Punjab Mental Hospital Lahore 1922-31 - 1922-1931
Year: 1922
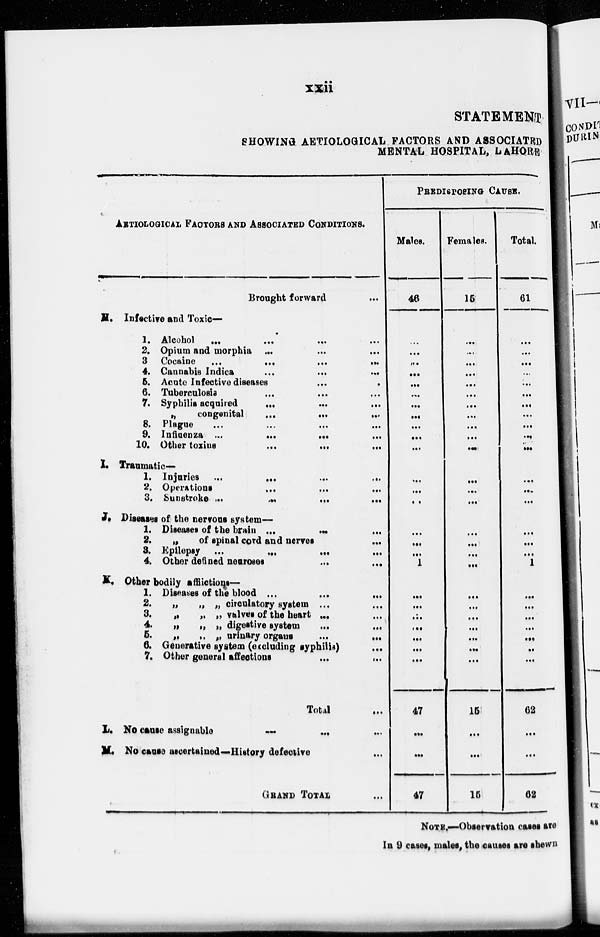
xxii
STATEMENT
SHOWING AETIOLOGICAL FACTORS AND ASSOCIATED
MENTAL HOSPITAL, LAHORE
AETIOLOGICAL FACTORS AND ASSOCIATED CONDITIONS.
Brought forward
...
H.
I.
J.
K.
Infective and Toxic—
1.
2.
3
4.
5.
6.
7.
8.
9.
10.
Alcohol ... ... ... ...
Opium and morphia ...
...
...
Cocaine ... ... ...
...
Cannabis Indica
...
...
...
Acute Infective diseases
...
...
Tuberculosis
...
...
...
Syphilis acquired
...
...
...
„
congenital
...
...
...
Plague
...
...
...
...
Influenza ... ... ... ...
Other toxins
...
...
...
Traumatic—
1.
2.
3.
Injuries ...
...
...
...
Operations ... ... ...
Sunstroke
...
...
...
...
Diseases of the nervous system—
1.
2.
3.
4.
Diseases of the brain ... ... ...
„
of spinal cord and nerves
...
Epilepsy ... ... ...
...
Other defined neuroses
...
...
Other bodily afflictions—
1.
2.
3.
4.
5.
6.
7.
Diseases of the blood ...
...
...
„ „ „ circulatory system ... ...
„ „ „ valves of the heart ... ...
„ „ „ digestive system ... ...
„
„ „ urinary organs ...
...
Generative system (excluding syphilis)
...
Other general affections
...
...
Total ...
L.
M.
No cause assignable
...
...
...
No cause ascertained—History defective ...
GRAND TOTAL ...
PREDISPOSING CAUSE.
Males.
46
...
...
...
...
...
...
...
...
...
...
...
...
...
...
...
...
...
1
...
...
...
...
...
...
...
47
...
...
47
Females.
15
....
...
...
...
...
...
...
...
...
...
...
...
...
...
...
...
...
...
...
...
...
...
...
...
...
15
...
...
15
Total.
61
...
...
...
...
...
...
...
...
...
...
...
...
...
...
...
...
...
1
...
...
...
...
...
...
...
62
...
...
62
NOTE.—Observation cases are
In 9 cases, males, the causes are shown